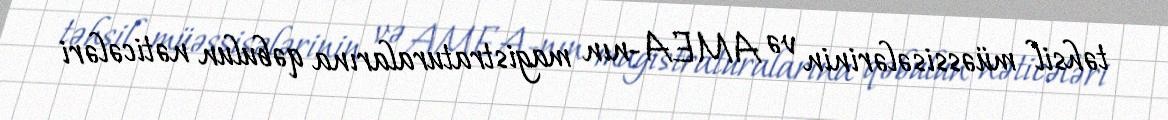
təhsil müəssisələrinin və AMEA-nın magistraturalarına qəbulun nəticələri